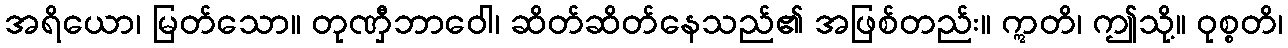
အရိယော၊ မြတ်သော။ တုဏှီဘာဝေါ၊ ဆိတ်ဆိတ်နေသည်၏ အဖြစ်တည်း။ ဣတိ၊ ဤသို့။ ဝုစ္စတိ၊